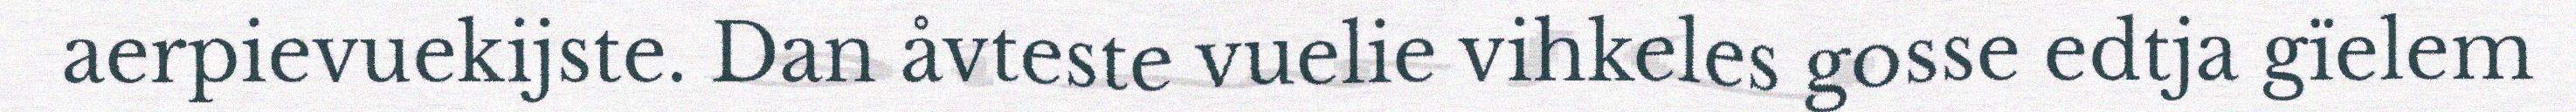
aerpievuekijste. Dan åvteste vuelie vihkeles gosse edtja gïelem